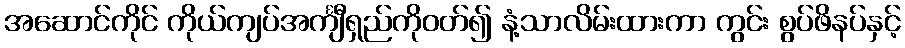
အဆောင်ကိုင် ကိုယ်ကျပ်အင်္ကျီရှည်ကိုဝတ်၍ နံ့သာလိမ်းထားကာ ကွင်း စွပ်ဖိနပ်နှင့်